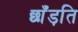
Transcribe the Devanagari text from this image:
छाँड़ति